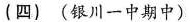
(四)(银川一中期中)